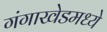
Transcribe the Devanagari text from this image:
गंगाखेडमध्ये